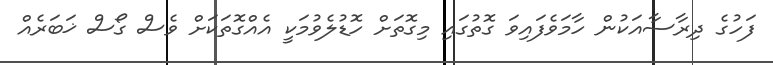
ފަހުގެ ދިރާސާއަކުން ހާމަވެފައިވަ ގޮތުގައި މިގޮތަށް ހޮޑުލެވުމަކީ އެއްގޮތަކަށް ވެސް ގޯސް ޚަބަރެއް